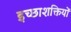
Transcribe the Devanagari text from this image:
इच्छाशक्तियों